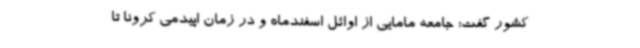
کشور گفت: جامعه مامایی از اوائل اسفندماه و در زمان اپیدمی کرونا تا